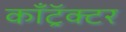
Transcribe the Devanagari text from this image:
कॉँट्रॅक्टर